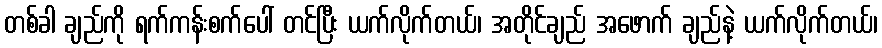
တစ်ခါ ချည်ကို ရက်ကန်းစက်ပေါ် တင်ပြီး ယက်လိုက်တယ်၊ အတိုင်ချည် အဖောက် ချည်နဲ့ ယက်လိုက်တယ်၊